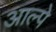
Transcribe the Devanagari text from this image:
आल्पे